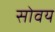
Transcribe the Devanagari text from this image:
सोवय